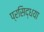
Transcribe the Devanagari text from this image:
प्रसिद्धया